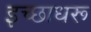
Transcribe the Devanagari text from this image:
इच्छाधरू